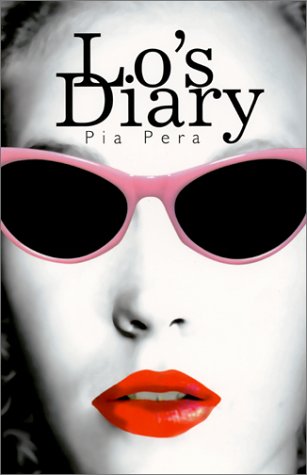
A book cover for Lo's Diary; Pia Pera; Romance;